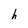
Character: h